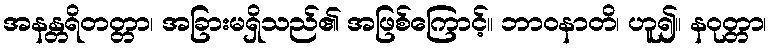
အနန္တရိတတ္တာ၊ အခြားမရှိသည်၏ အဖြစ်ကြောင့်။ ဘာဝနာတိ၊ ဟူ၍။ နဝုတ္တာ၊